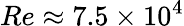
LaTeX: Re\approx 7.5\times 10^{4}